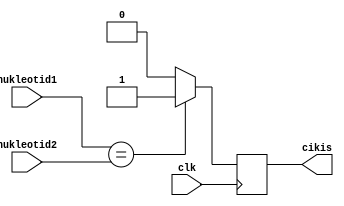
`timescale 1ns / 1ps
//////////////////////////////////////////////////////////////////////////////////
// Company: 
// Engineer: 
// 
// Design Name: 
// Module Name: nukleotid_kontrol
// Project Name: 
// Target Devices: 
// Tool Versions: 
// Description: 
// 
// Dependencies: 
// 
// Revision:
// Revision 0.01 - File Created
// Additional Comments:
// 
//////////////////////////////////////////////////////////////////////////////////


module nukleotid_kontrol(
input clk,
input [1:0] nukleotid1,
input [1:0] nukleotid2,
output reg cikis
    );
    always@(posedge clk)
    begin
    if(nukleotid1==nukleotid2)
        cikis = 1'b1;
    else
        cikis = 1'b0;
    end
    
    
endmodule